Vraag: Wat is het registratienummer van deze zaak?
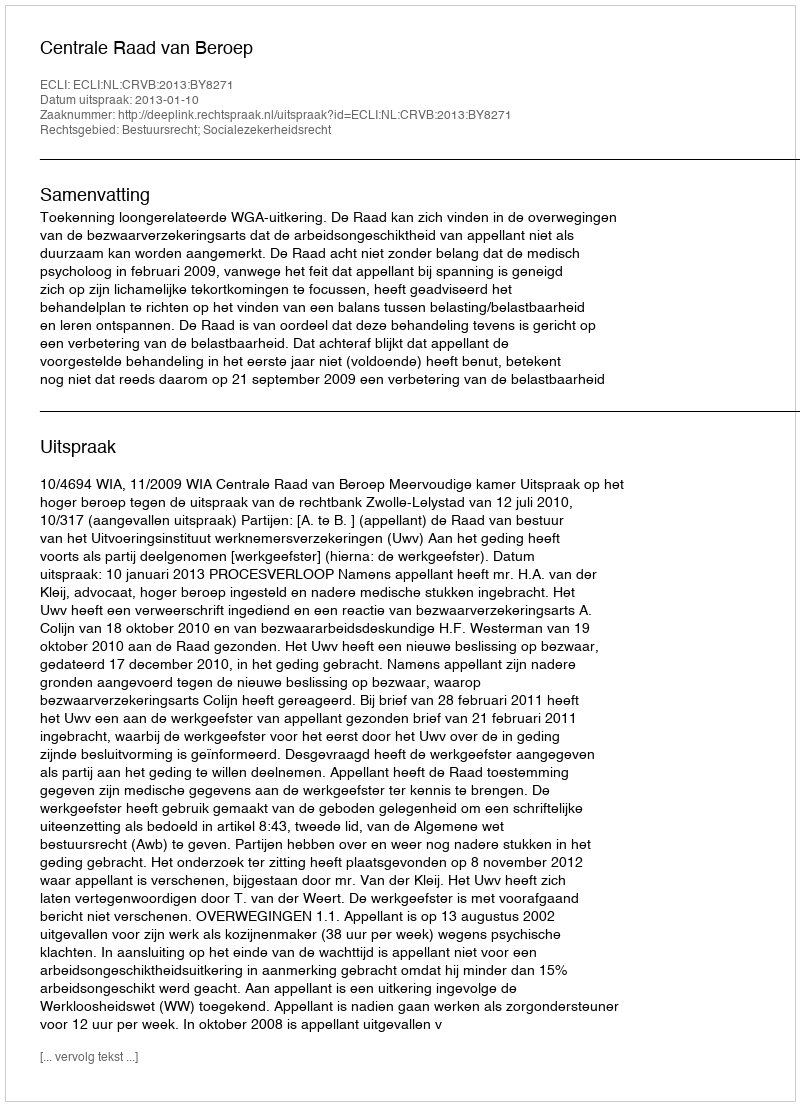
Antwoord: http://deeplink.rechtspraak.nl/uitspraak?id=ECLI:NL:CRVB:2013:BY8271